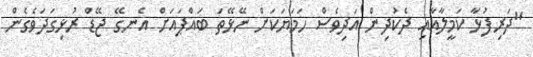
"ދަރިފުޅާ ކަމީލާއާއި ދެކުދިން އަދިވެސް ހަމަޔަކަށް ނޭޅޭތަ ބައްޕައަށް އެނގޭ ޖޭޑް ރުޅިގަދަވެގެން